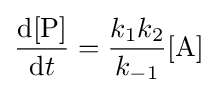
{\frac {\mathrm {d} [{\ce {P}}]}{\mathrm {d} t}}={\frac {k_{1}k_{2}}{k_{-1}}}[{\ce {A}}]